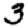
Digit: 3